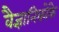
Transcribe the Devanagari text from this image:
वैज्ञानिकोंके